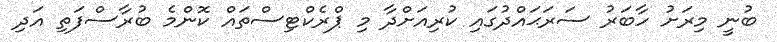
ބުނީ މިރަށު ހާބަރު ސަރަޙައްދުގައި ކުރިއަށްދާ މި ޕްރެކްޓިސްތައް ކޮންމެ ބުރާސްފަތި އަދި